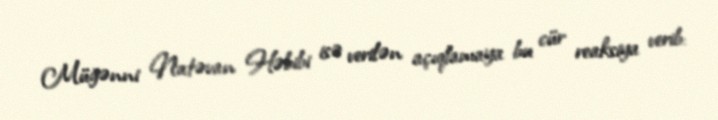
Müğənni Natəvan Həbibi isə verilən açıqlamaya bu cür reaksiya verib: